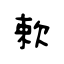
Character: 欶